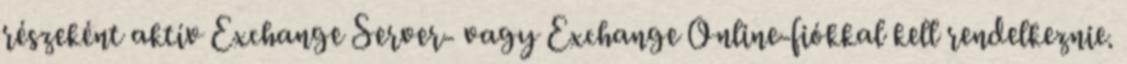
részeként aktív Exchange Server- vagy Exchange Online-fiókkal kell rendelkeznie.